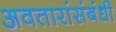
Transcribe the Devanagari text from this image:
अवतारांसंबंधी